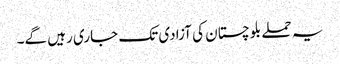
یہ حملے بلوچستان کی آزادی تک جاری رہیں گے۔